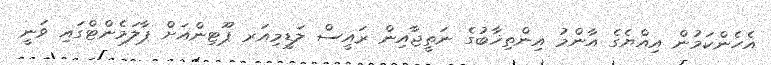
އެހެންކަމުން އިއްޔެގެ އާންމު އިންތިޚާބުގެ ނަތީޖާއިން ރައީސް ލަޑީމިއަރ ޕޫޓިންއަށް ޕާލަމެންޓްގައި ވަނީ